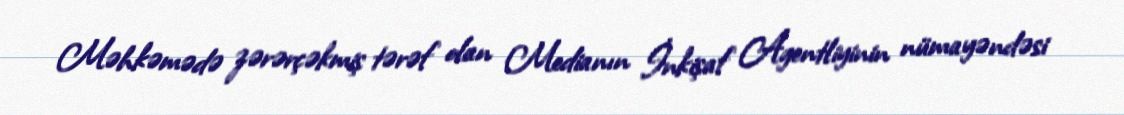
Məhkəmədə zərərçəkmiş tərəf olan Medianın İnkişaf Agentliyinin nümayəndəsi